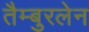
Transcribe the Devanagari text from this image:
तैम्बुरलेन